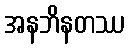
အနဘိနတဿ